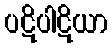
ပဋိပါဋိယာ